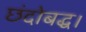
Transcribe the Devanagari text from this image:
छंदोबद्ध।